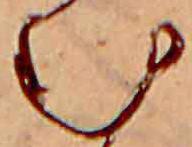
む